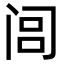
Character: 闾